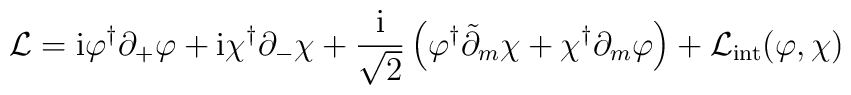
{\cal L} ={\rm i}\varphi^{\dagger}\partial_{+}\varphi+{\rm i}\chi^{\dagger}\partial_{-}\chi+\frac{{\rm i}}{\sqrt{2}}\left(\varphi^{\dagger}\tilde{\partial}_{m}\chi+\chi^{\dagger}\partial_{m}\varphi\right)+{\cal L}_{\rm int}(\varphi,\chi)